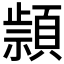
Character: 𰨔